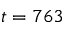
t = 7 6 3